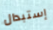
إستبدال